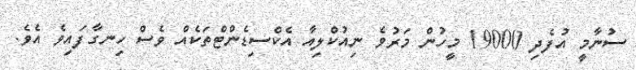
ސުނާމީ އުފެދި 19000 މީހުން މަރުވެ ނިއުކްލިއާ އެކްސިޑެންޓްތަކެއް ވެސް ހިނގާފައިވެ އެވެ.